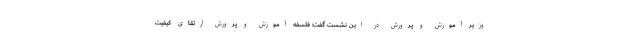
وزیر آموزش و پرورش در این نشست گفت: فلسفه آموزش و پرورش ارتقای کیفیت